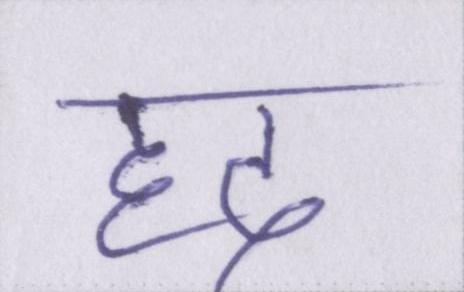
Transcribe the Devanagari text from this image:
हद